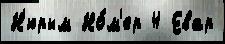
Н'юрым Но́м'ер 4 Евар